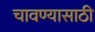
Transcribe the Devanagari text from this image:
चावण्यासाठी